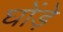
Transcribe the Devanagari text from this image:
घोंड़े